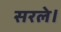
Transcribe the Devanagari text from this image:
सरले।